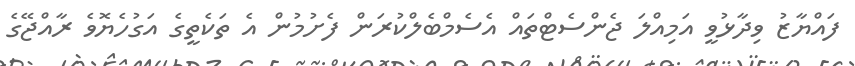
ފައްޔާޒު ވިދާޅުވީ އަމިއްލަ ޖެންސެޓްތައް އެސެމްބެލްކުރަން ފެށުމުން އެ ތަކެތީގެ އަގުހެޔޮވެ ރާއްޖޭގެ